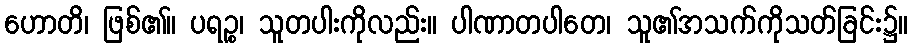
ဟောတိ၊ ဖြစ်၏။ ပရဉ္စ၊ သူတပါးကိုလည်း။ ပါဏာတပါတေ၊ သူ၏အသက်ကိုသတ်ခြင်း၌။